Scientific memoirs by medical officers of the Army of India - Part XII,
Year: 1901
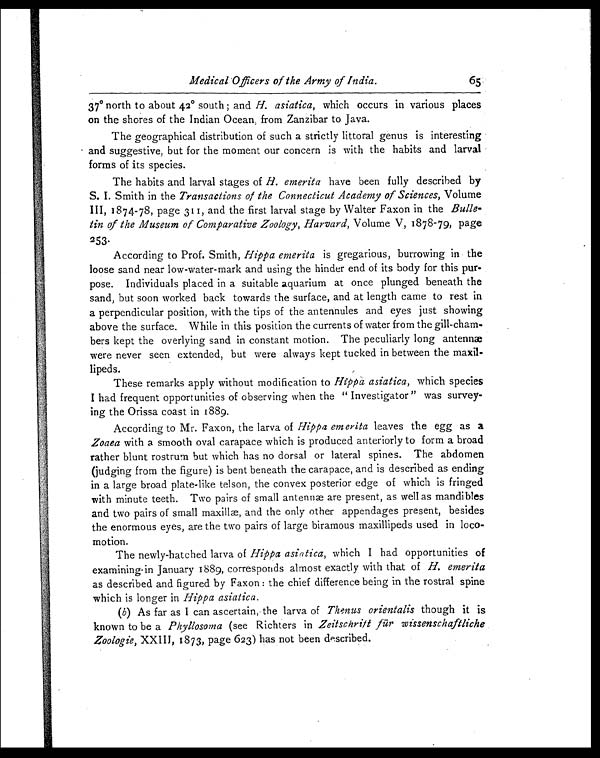
Medical Officers of the Army of India.
65
37º north to about 42º south ; and H. asiatica, which occurs in various places
on the shores of the Indian Ocean, from Zanzibar to Java.
The geographical distribution of such a strictly littoral genus is interesting
and suggestive, but for the moment our concern is with the habits and larval
forms of its species.
The habits and larval stages of H. emerita have been fully described by
S. I. Smith in the Transactions of the Connecticut Academy of Sciences, Volume
III, 1874-78, page 311, and the first larval stage by Walter Faxon in the Bulle-
tin of the Museum of Comparative Zoology, Harvard, Volume V, 1878-79, page
253.
According to Prof. Smith, Hippa emerita is gregarious, burrowing in the
loose sand near low-water-mark and using the hinder end of its body for this pur-
pose. Individuals placed in a suitable aquarium at once plunged beneath the
sand, but soon worked back towards the surface, and at length came to rest in
a perpendicular position, with the tips of the antennules and eyes just showing
above the surface. While in this position the currents of water from the gill-cham-
bers kept the overlying sand in constant motion. The peculiarly long antennæ
were never seen extended, but were always kept tucked in between the maxil-
lipeds.
These remarks apply without modification to Hippa asiatica, which species
I had frequent opportunities of observing when the " Investigator" was survey-
ing the Orissa coast in 1889.
According to Mr. Faxon, the larva of Hippa emerita leaves the egg as a
Zoaea with a smooth oval carapace which is produced anteriorly to form a broad
rather blunt rostrum but which has no dorsal or lateral spines. The abdomen
(judging from the figure) is bent beneath the carapace, and is described as ending
in a large broad plate-like telson, the convex posterior edge of which is fringed
with minute teeth. Two pairs of small antennæ are present, as well as mandibles
and two pairs of small and the only other appendages present, besides
the enormous eyes, are the two pairs of large biramous maxillipeds used in loco-
motion.
The newly-hatched larva of Hippa asiatica, which I had opportunities of
examining-in January 1889, corresponds almost exactly with that of H. emerita
as described and figured by Faxon : the chief difference being in the rostral spine
which is longer in Hippa asiatica.
(b) As far as I can ascertain, the larva of Thenus orientalis though it is
known to be a Phyllosoma (see Richters in Zeitschrift für wissenschaftliche
Zoologie, XXIII, 1873, page 623) has not been described.